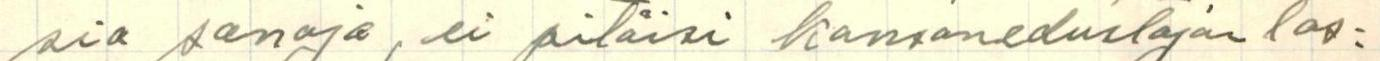
sia sanoja, ei pitäisi kansanedustajan las=